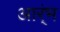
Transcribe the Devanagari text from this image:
आर्ंभ